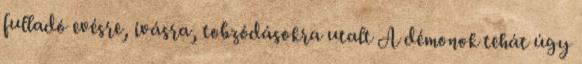
fulladó evésre, ivásra, tobzódásokra utalt A démonok tehát úgy